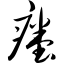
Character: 瘗